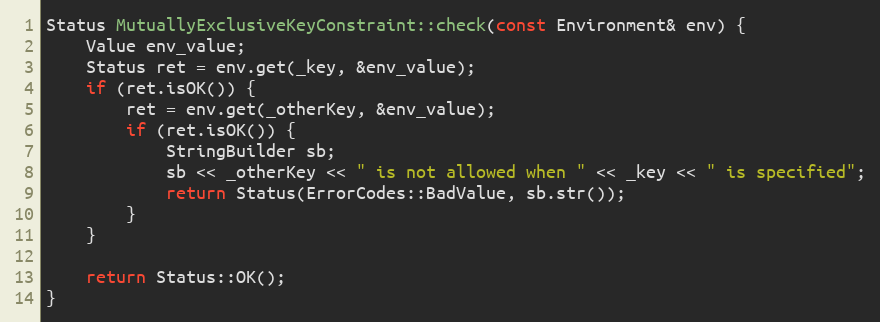
Language: C++
Status MutuallyExclusiveKeyConstraint::check(const Environment& env) {
    Value env_value;
    Status ret = env.get(_key, &env_value);
    if (ret.isOK()) {
        ret = env.get(_otherKey, &env_value);
        if (ret.isOK()) {
            StringBuilder sb;
            sb << _otherKey << " is not allowed when " << _key << " is specified";
            return Status(ErrorCodes::BadValue, sb.str());
        }
    }

    return Status::OK();
}